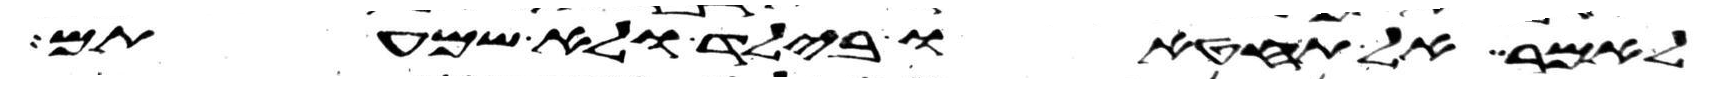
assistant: לאמר אל תחטאו בילד ולא שמעתים